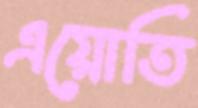
এয়োতি